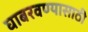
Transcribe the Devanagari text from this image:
घाबरवण्यासाठी